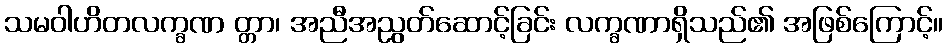
သမဝါဟိတလက္ခဏ တ္တာ၊ အညီအညွတ်ဆောင့်ခြင်း လက္ခဏာရှိသည်၏ အဖြစ်ကြောင့်။